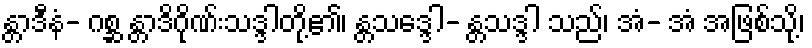
န္တာဒီနံ- ဂစ္ဆ န္တာဒိဂိုဏ်းသဒ္ဒါတို့၏၊ န္တသဒ္ဒေါ- န္တသဒ္ဒါ သည်၊ အံ- အံ အဖြစ်သို့၊